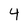
Character: 4